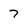
Character: 7